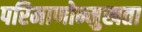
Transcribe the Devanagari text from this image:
परिमाणोन्मुखता